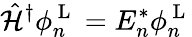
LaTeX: \hat{\mathcal{H}}^{\dagger}\phi_{n}^{\mathrm{~L~}}=E_{n}^{*}\phi_{n}^{\mathrm{~L~}}